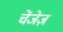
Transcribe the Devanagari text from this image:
चेंजेज़